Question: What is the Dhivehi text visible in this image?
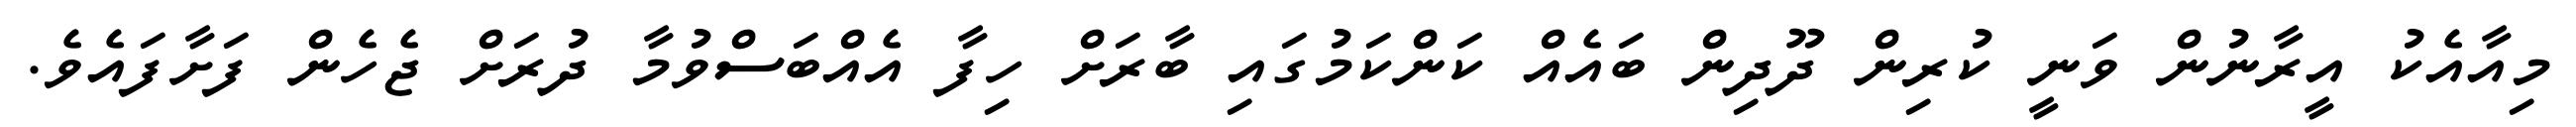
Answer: މިއާއެކު އީރާނުން ވަނީ ކުރިން ދޫދިން ބައެއް ކަންކަމުގައި ބާރަށް ހިފާ އެއްބަސްވުމާ ދުރަށް ޖެހެން ފަށާފައެވެ.